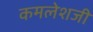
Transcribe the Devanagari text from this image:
कमलेशजी